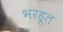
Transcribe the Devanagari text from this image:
भरहूत